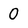
Character: 0